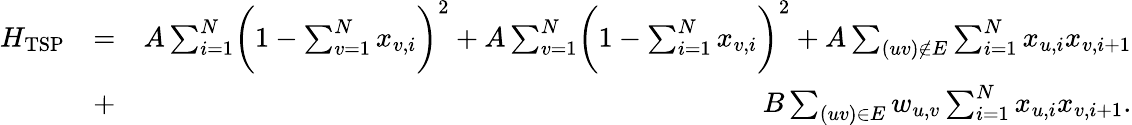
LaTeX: \begin{array}{rlr}{H_{\mathrm{TSP}}}&{=}&{A\sum_{i=1}^{N}\biggl(1-\sum_{v=1}^{N}x_{v,i}\biggr)^{2}+A\sum_{v=1}^{N}\biggl(1-\sum_{i=1}^{N}x_{v,i}\biggr)^{2}+A\sum_{(uv)\notin E}\sum_{i=1}^{N}x_{u,i}x_{v,i+1}}\\ &{+}&{B\sum_{(uv)\in E}w_{u,v}\sum_{i=1}^{N}x_{u,i}x_{v,i+1}.}\end{array}